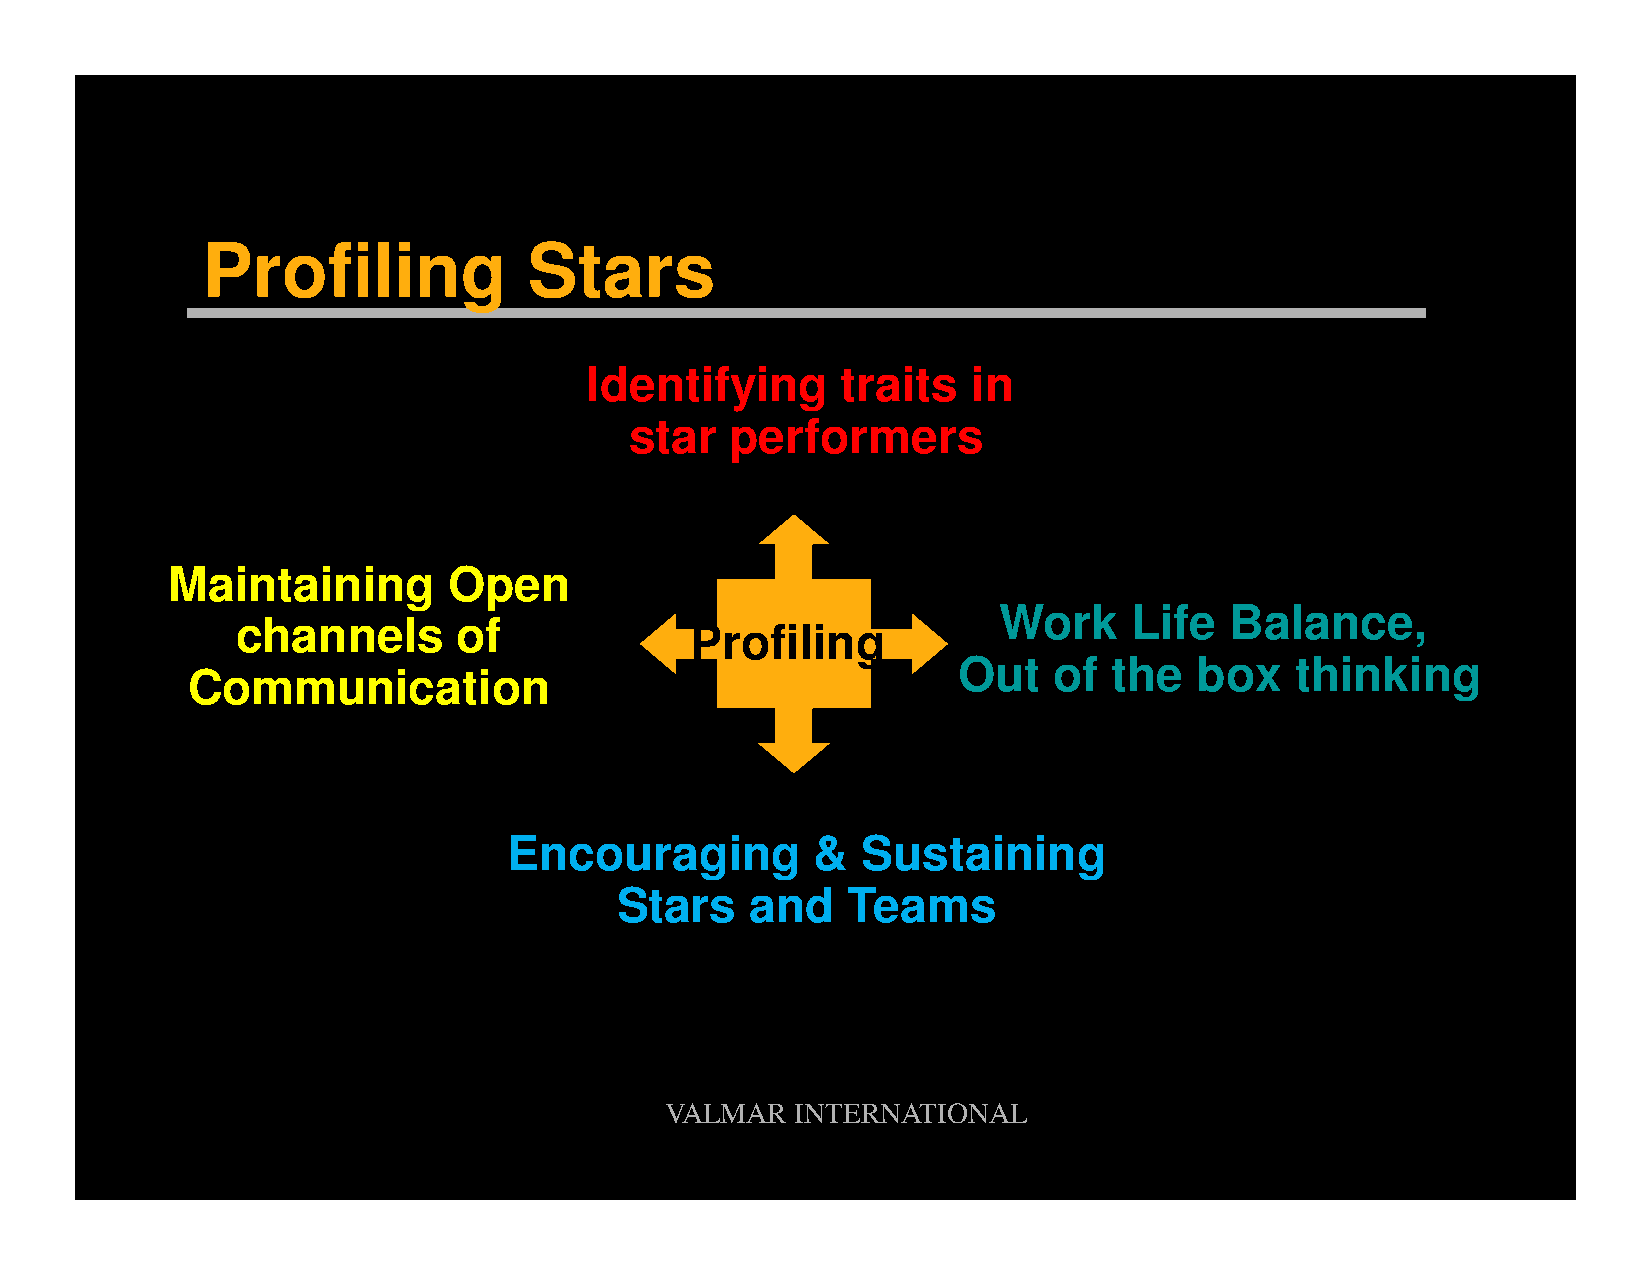
Profiling             Stars
 Identifying      traits  in
 star  performers
 Maintaining        Open
 WWoorrkk LLiiffee BBaallaannccee,,
 cchhaannnneellss ooff         PPrrooffiilliinngg
 Out    of  the  box    thinking
 Communication
 Encouraging         &  Sustaining
 Stars    and   Teams
 VALMAR   INTERNATIONAL